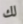
لك